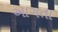
આગતા